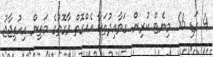
4 ގަޑި 56 މިނެޓް ކުރިން. ގަވާއިދުތަކާ އެއްގޮތް ވާގޮތުގެ މަތިން އިހުތިޖާޖު